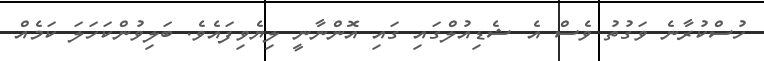
ހުސްކުރާނެ ވަގުތު ވެސް އެ ޝެޑިއުލްގައި ގައި އޮންނާނީ ލިޔެވިފައެވެ. ބަލިވުންކަހަލަ ކަމެއް